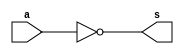
// Projetar e simular LU
// Wadson Ferreira
// 460631

module NOT(output s,input a);
	not N1(s,a);
endmodule

module OR(output s, input a, input b);
	or O1(s,a,b);
endmodule

module NOR(output s, input a, input b);
	nor O1(s,a,b);
endmodule

module AND(output s, input a, input b);
	and A1(s,a,b);
endmodule

module NAND(output s, input a, input b);
	nand NA1(s,a,b);
endmodule

module XOR(output s, input a, input b);
	xor O1(s,a,b);
endmodule

module XNOR(output s, input a, input b);
	xnor O1(s,a,b);
endmodule
/*
000 - NOT
001 - OR
010 - NOR
011 - AND
100 - NAND
101 - XOR
110 - XNOR
*/
module LU(output s, input a, input b, input[2:0] select);
	wire not1,or1,nor1,and1,nand1,xor1,xnor1;
	reg resultado;
	NOT NOT1(not1,a);
	OR OR1(or1,a,b);
	NOR NOR1(nor1,a,b);
	AND AND1(and1,a,b);
	NAND NAND1(nand1,a,b);
	XOR XOR1(xor1,a,b);
	XNOR XNOR1(xnor1,a,b);
	//OBS: Como fazer esse if dentro de um 'begin end'?
	assign s = (select==0) ? not1 : (select==1) ? or1 : (select==2) ? nor1 : (select==3) ? and1 : (select==4) ? nand1: (select==5) ? xor1 : xnor1;
endmodule

module teste;
	wire saida;
	reg entradaA,entradaB;
	reg[2:0] select;
	LU L1(saida,entradaA,entradaB,select);
	initial begin
		$display("\nWadson Ferreira - 460631\n000=NOT 001=OR 010=NOR 011=AND 100=NAND 101=XOR 110=XNOR");
		#1 entradaA=1'b0; entradaB=1'b0; select=3'b000;
		   $monitor("%b (%3b) %b = %b",entradaA,select,entradaB,saida);
		#1 entradaA=1'b1; entradaB=1'b0; select=3'b001;
		#1 entradaA=1'b0; entradaB=1'b1; select=3'b010;
		#1 entradaA=1'b1; entradaB=1'b1; select=3'b011;
		#1 entradaA=1'b1; entradaB=1'b1; select=3'b100;
		#1 entradaA=1'b0; entradaB=1'b1; select=3'b101;
		#1 entradaA=1'b1; entradaB=1'b0; select=3'b110;
	end
endmodule